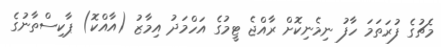
މެޗުގެ ފުރަތަމަ ހާފު ނިމެނިކޮށް ރާއްޖެ ޓީމުގެ އަހްމަދު އިމާޒު (އާއްކޮ) ޕާކިސްތާނުގެ